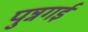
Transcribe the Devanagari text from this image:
पुन्नगई